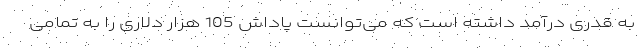
به قدری درآمد داشته است که می‌توانست پاداش 105 هزار دلاری را به تمامی